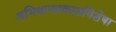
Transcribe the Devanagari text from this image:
अभिधानप्रकाशविशेषा